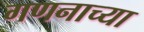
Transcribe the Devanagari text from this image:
गणनाच्या